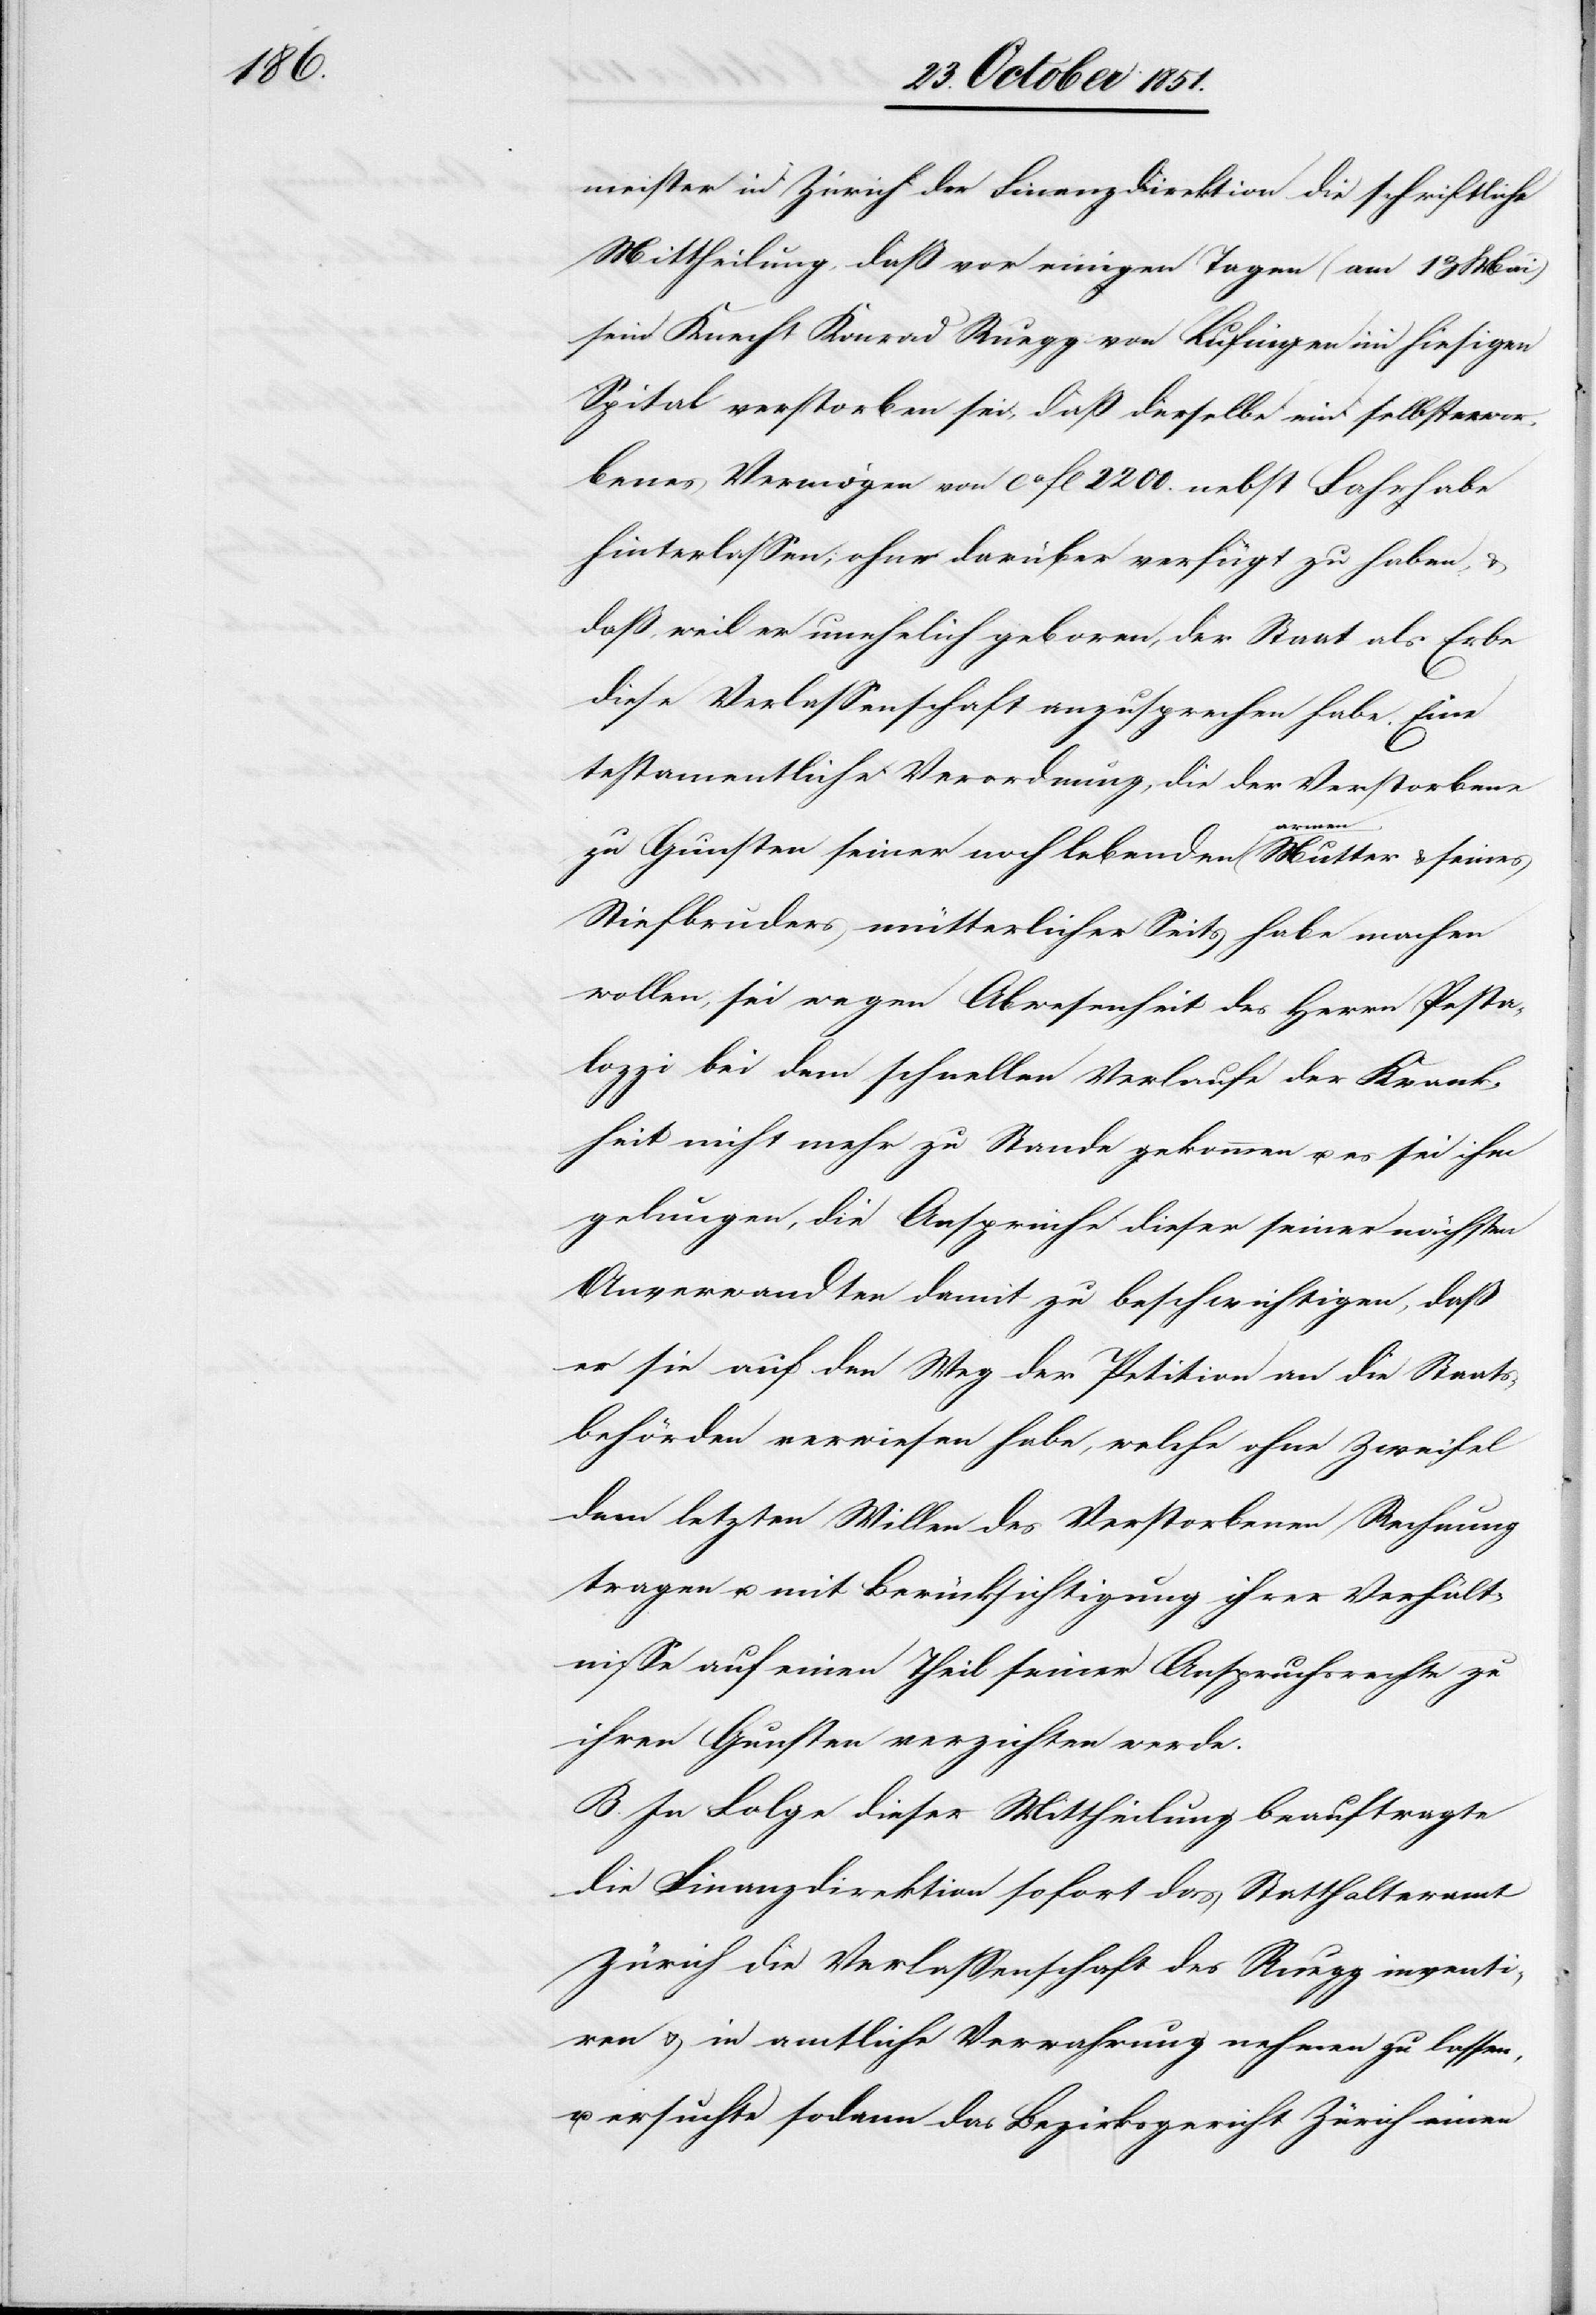
meister in Zürich der Finanzdirektion die schriftliche
Mittheilung, daß vor einigen Tagen (am 13 Mai)
sein Knecht Konrad Ruegg von Lufingen im hiesigen
Spital verstorben sei, daß derselbe ein selbsterwor¬
benes Vermögen von ca fl 2200. nebst Fahrhabe
hinterlassen, ohne darüber verfügt zu haben,
daß, weil er unehelich geboren, der Staat als Erbe
diese Verlassenschaft anzusprechen habe. Eine
testamentliche Verordnung, die der Verstorbene
zu Gunsten seiner noch lebenden armen Mutter & seines
Stiefbruders mütterlicher Seits habe machen
wollen, sei wegen Abwesenheit des Herrn Pesta¬
lozzi bei dem schnellen Verlaufe der Krank¬
heit nicht mehr zu Stande gekommen u. es sei ihm
gelungen, die Ansprüche dieser seiner nächsten
Anverwandten damit zu beschwichtigen, daß
er sie auf den Weg der Petition an die Staats¬
behörden verwiesen habe, welche ohne Zweifel
dem letzten Willen des Verstorbenen Rechnung
tragen u. mit Berücksichtigung ihrer Verhält¬
nisse auf einen Theil seiner Anspruchsrechte zu
ihren Gunsten verzichten werde.
B. In Folge dieser Mittheilung beauftragte
die Finanzdirektion sofort das Statthalteramt
Zürich die Verlassenschaft des Ruegg inventi¬
ren & in amtliche Verwahrung nehmen zu lassen,
u. ersuchte sodann das Bezirksgericht Zürich einen